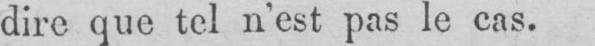
dire que tel n’est pas le cas.